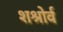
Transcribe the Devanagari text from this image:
शश्रोर्व